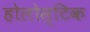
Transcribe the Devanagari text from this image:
होलोस्टिक